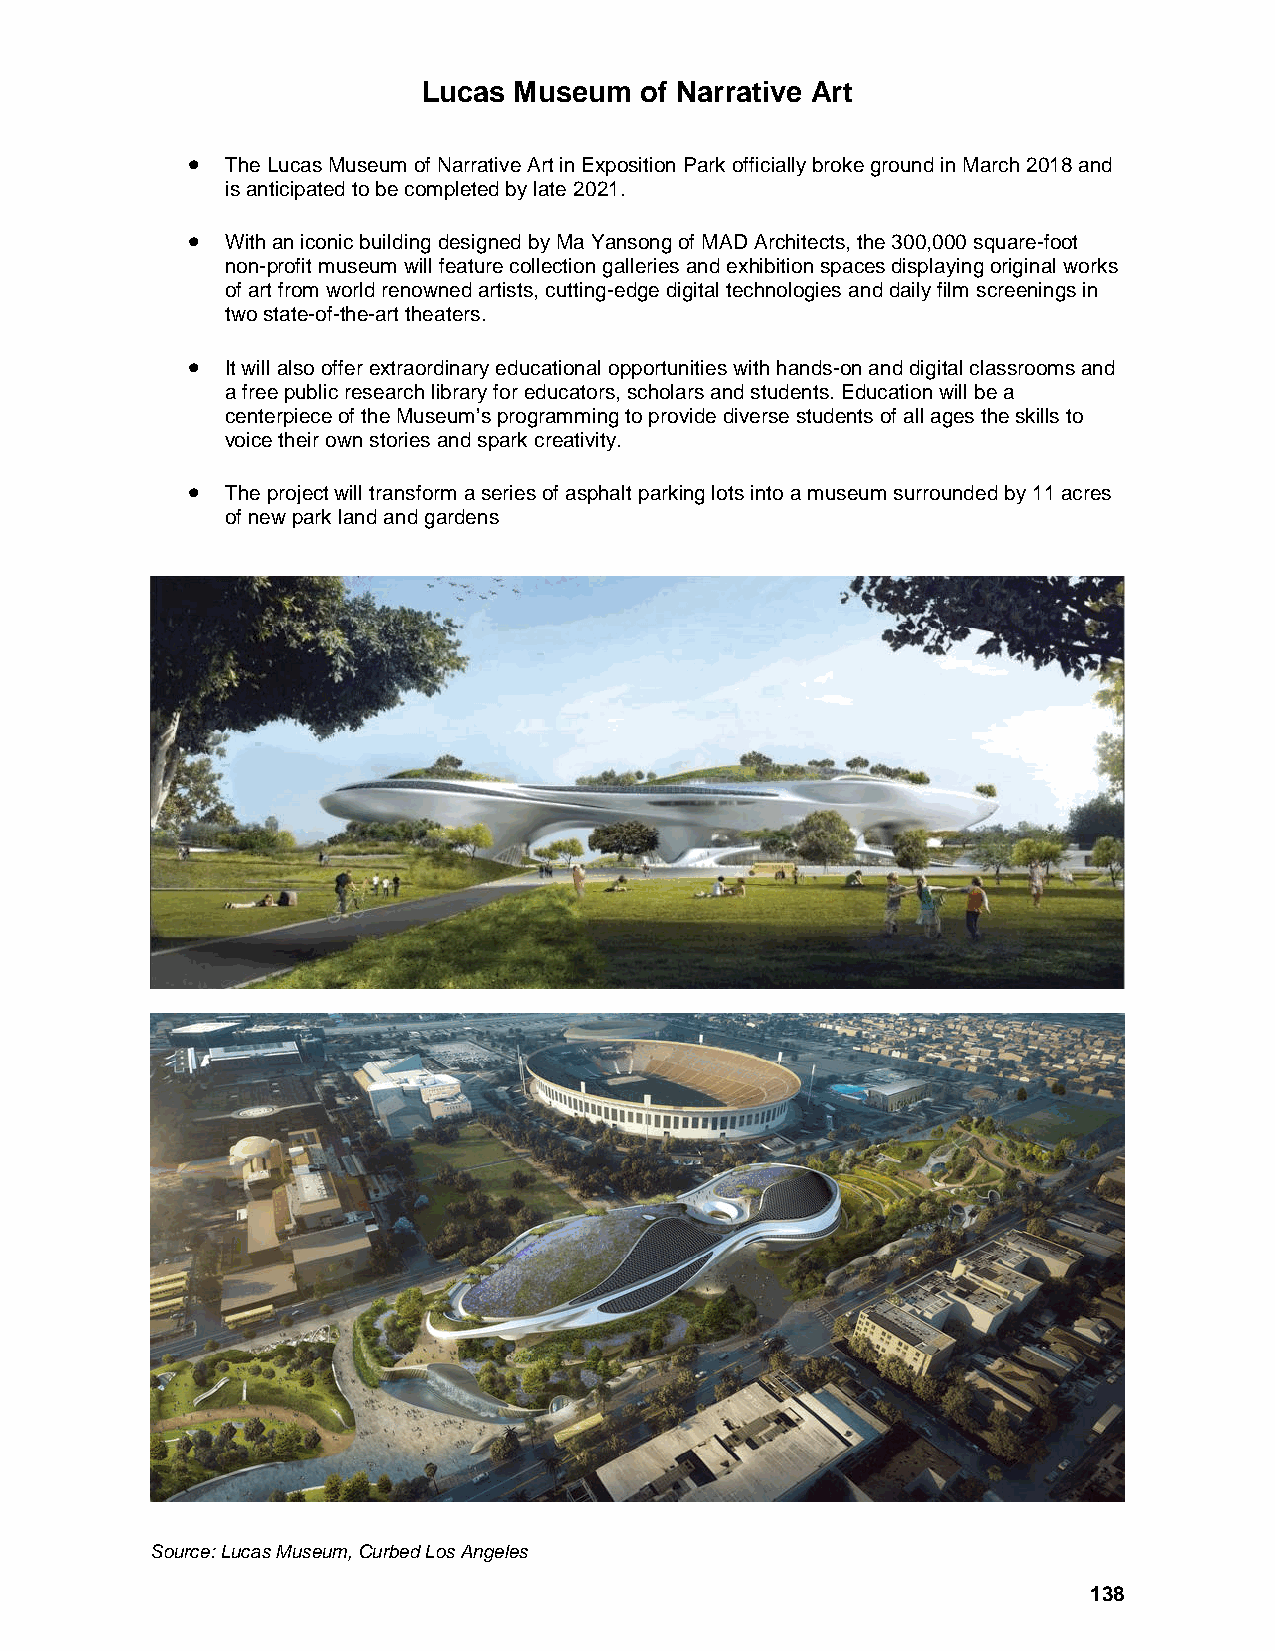
Lucas Museum  of Narrative Art
 •  The Lucas Museum of Narrative Art in Exposition Park officially broke ground in March 2018 and
 is anticipated to be completed by late 2021.
 •  With an iconic building designed by Ma Yansong of MAD Architects, the 300,000 square-foot
 non-profit museum will feature collection galleries and exhibition spaces displaying original works
 of art from world renowned artists, cutting-edge digital technologies and daily film screenings in
 two state-of-the-art theaters.
 •  It will also offer extraordinary educational opportunities with hands-on and digital classrooms and
 a free public research library for educators, scholars and students. Education will be a
 centerpiece of the Museum’s programming to provide diverse students of all ages the skills to
 voice their own stories and spark creativity.
 •  The project will transform a series of asphalt parking lots into a museum surrounded by 11 acres
 of new park land and gardens
 Source: Lucas Museum, Curbed Los Angeles
 138